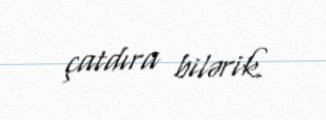
çatdıra bilərik.